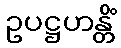
ဥပဋ္ဌဟန္တိံ